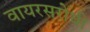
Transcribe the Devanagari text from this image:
वायरसरोधी